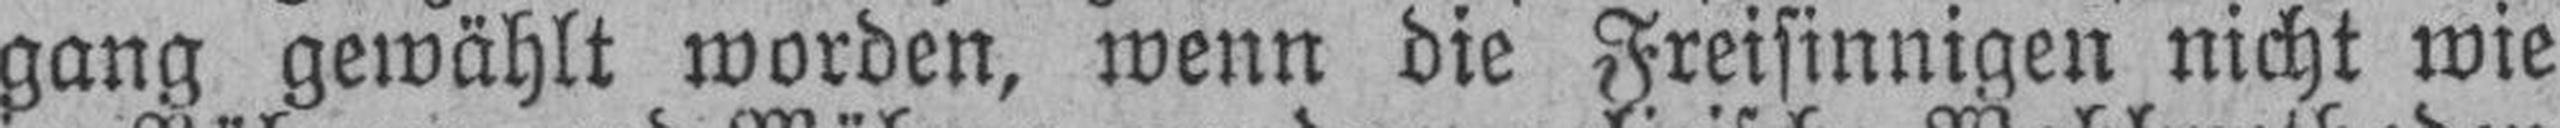
gang gewählt worden, wenn die Freisinnigen nicht wie